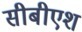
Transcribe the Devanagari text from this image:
सीबीएश